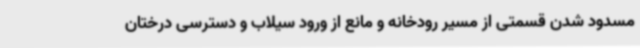
مسدود شدن قسمتی از مسیر رودخانه و مانع از ورود سیلاب و دسترسی درختان